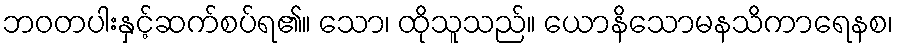
ဘဝတပါးနှင့်ဆက်စပ်ရ၏။ သော၊ ထိုသူသည်။ ယောနိသောမနသိကာရေနစ၊